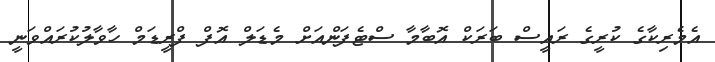
އެމެރިކާގެ ކުރީގެ ރައީސް ބަރަކް އޮބާމާ ސްޓެފަންއަށް މެޑަލް އޮފް ފްރީޑަމް ހާވާލުކުރައްވަނީ